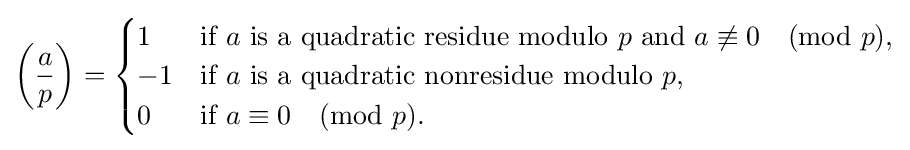
\left({\frac {a}{p}}\right)={\begin{cases}1&{\text{if }}a{\text{ is a quadratic residue modulo }}p{\text{ and }}a\not \equiv 0{\pmod {p}},\\-1&{\text{if }}a{\text{ is a quadratic nonresidue modulo }}p,\\0&{\text{if }}a\equiv 0{\pmod {p}}.\end{cases}}